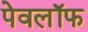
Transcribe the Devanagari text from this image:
पेवलॉफ